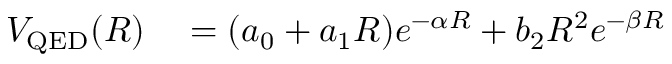
\begin{array} { r l } { V _ { \mathrm { Q E D } } ( R ) } & { { } = ( a _ { 0 } + a _ { 1 } R ) e ^ { - \alpha R } + b _ { 2 } R ^ { 2 } e ^ { - \beta R } } \end{array}